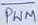
Text: PWM